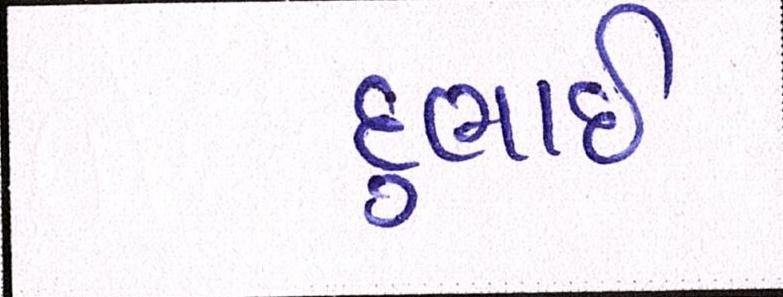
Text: દુભાઇ